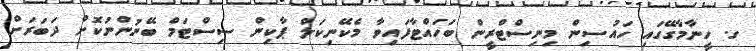
ގ. ހީނާމާގޭގައި ހައުސިން މިނިސްޓްރީން ބަހައްޓާފައިވާ މެކޭނިކަލް ޕާކިން ސިސްޓަމް ބޭނުންނުކޮށް ދަބަރަށް